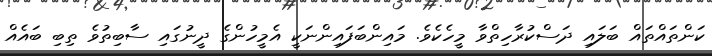
ކަންތައްތައް ބަލައި ދަސްކުރާހިތްވާ މީހެކެވެ. މައިންބަފައިންނަކީ އެމީހުންގެ ދީނުގައި ސާބިތުވެ ތިބި ބައެއް